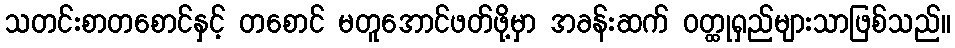
သတင်းစာတစောင်နှင့် တစောင် မတူအောင်ဖတ်ဖို့မှာ အခန်းဆက် ဝတ္ထုရှည်များသာဖြစ်သည်။